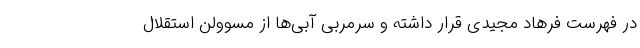
در فهرست فرهاد مجیدی قرار داشته و سرمربی آبی‌ها از مسوولن استقلال